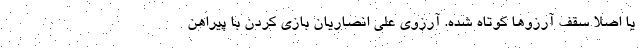
یا اصلا سقف آرزوها کوتاه شده. آرزوی علی انصاریان بازی کردن با پیراهن